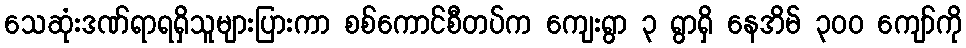
သေဆုံးဒဏ်ရာရရှိသူများပြားကာ စစ်ကောင်စီတပ်က ကျေးရွာ ၃ ရွာရှိ နေအိမ် ၃၀၀ ကျော်ကို